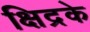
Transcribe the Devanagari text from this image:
क्षिद्रके